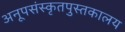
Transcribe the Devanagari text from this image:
अनूपसंस्कृतपुस्तकालय